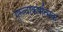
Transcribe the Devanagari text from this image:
गुरुत्वाकर्षात्मक